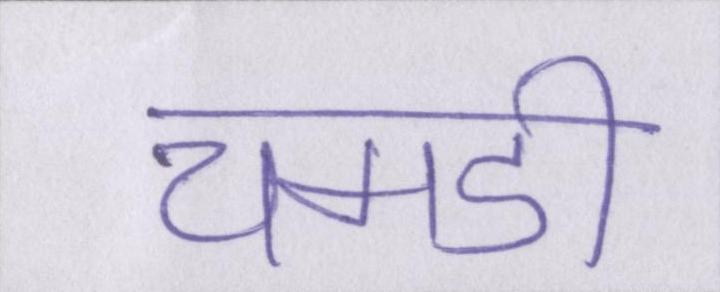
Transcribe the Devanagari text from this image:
चमडी